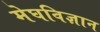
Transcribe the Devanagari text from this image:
मेघविज्ञान